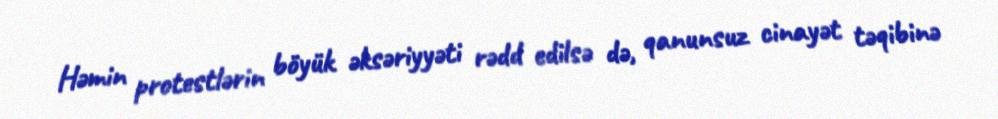
Həmin protestlərin böyük əksəriyyəti rədd edilsə də, qanunsuz cinayət təqibinə